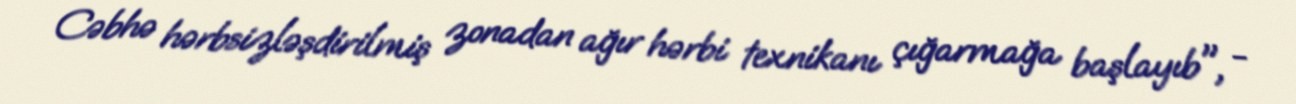
Cəbhə hərbsizləşdirilmiş zonadan ağır hərbi texnikanı çığarmağa başlayıb", -